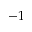
- 1